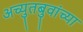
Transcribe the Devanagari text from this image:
अच्युतबुवांच्या